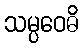
သမ္ပဝေဓိ